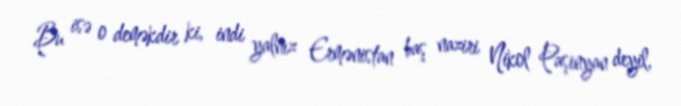
Bu isə o deməkdir ki, indi yalnız Ermənistan baş naziri Nikol Paşinyan deyil,